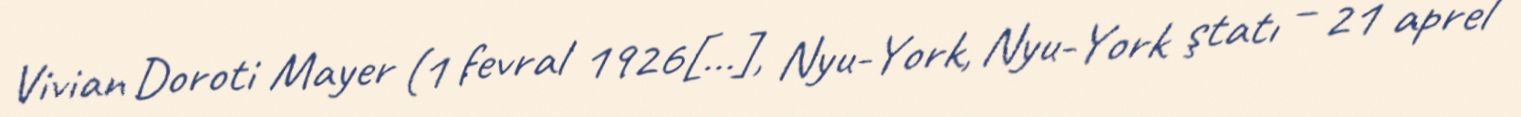
Vivian Doroti Mayer (1 fevral 1926[…], Nyu-York, Nyu-York ştatı – 21 aprel